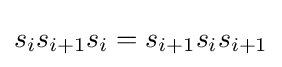
s_{i}s_{i+1}s_{i}=s_{i+1}s_{i}s_{i+1}